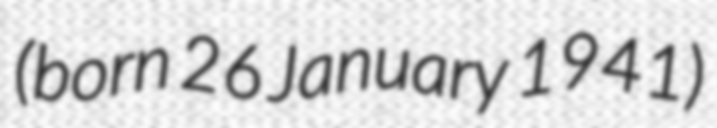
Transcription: (born 26 January 1941)